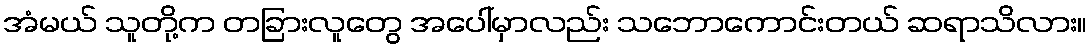
အံမယ် သူတို့က တခြားလူတွေ အပေါ်မှာလည်း သဘောကောင်းတယ် ဆရာသိလား။